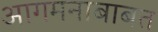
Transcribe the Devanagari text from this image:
आगमनाबाबत